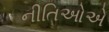
નીતિઓએ